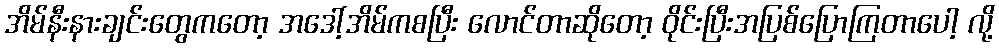
အိမ်နီးနားချင်းတွေကတော့ အဒေါ့်အိမ်ကစပြီး လောင်တာဆိုတော့ ၀ိုင်းပြီးအပြစ်ပြောကြတာပေါ့ လို့